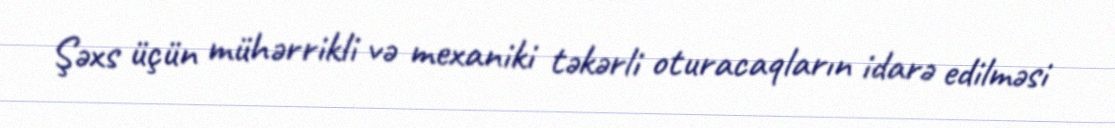
Şəxs üçün mühərrikli və mexaniki təkərli oturacaqların idarə edilməsi